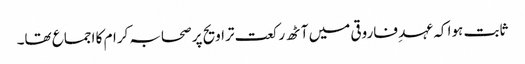
ثابت ہوا کہ عہد ِ فاروقی میں آٹھ رکعت تراویح پر صحابہ کرام کا اجماع تھا۔